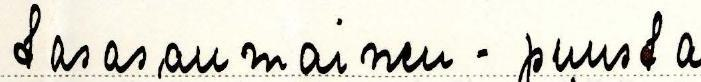
tasasaumainen - puusta